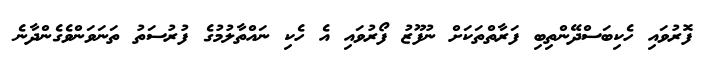
ފޮރުވައި ހެކިބަސްދޭންތިބި ފަރާތްތަކަށް ނުފޫޒު ފޯރުވައި އެ ހެކި ނައްތާލުމުގެ ފުރުސަތު ތަނަވަންވެގެންދާނެ